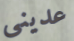
عديني